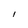
Character: l